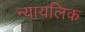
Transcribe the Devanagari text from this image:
न्यायलिक